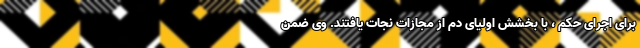
برای اجرای حکم ، با بخشش اولیای دم از مجازات نجات یافتند. وی ضمن